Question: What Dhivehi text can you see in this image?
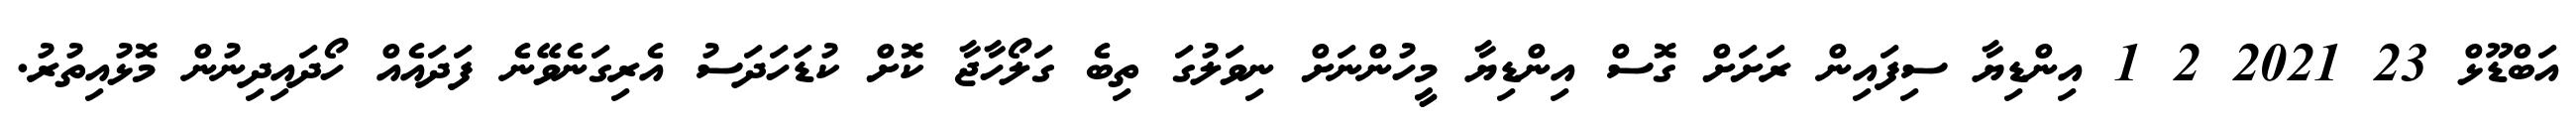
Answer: އަބްޑޫޅް 23 2021 2 1 އިންޑިޔާ ސިފައިން ރަށަށް ގޮސް އިންޑިޔާ މީހުންނަށް ނިވަލުގަ ތިބެ ގަލޯހާޖާ ކޮށް ކުޑަހަދަސު އެރިގަނެވޭނެ ފަދައެއް ހޯދައިދިނުން މޮޅުއިތުރު.